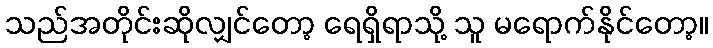
သည်အတိုင်းဆိုလျှင်တော့ ရေရှိရာသို့ သူ မရောက်နိုင်တော့။